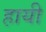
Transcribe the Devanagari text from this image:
हायी